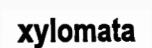
xylomata